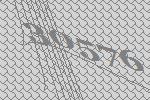
30576